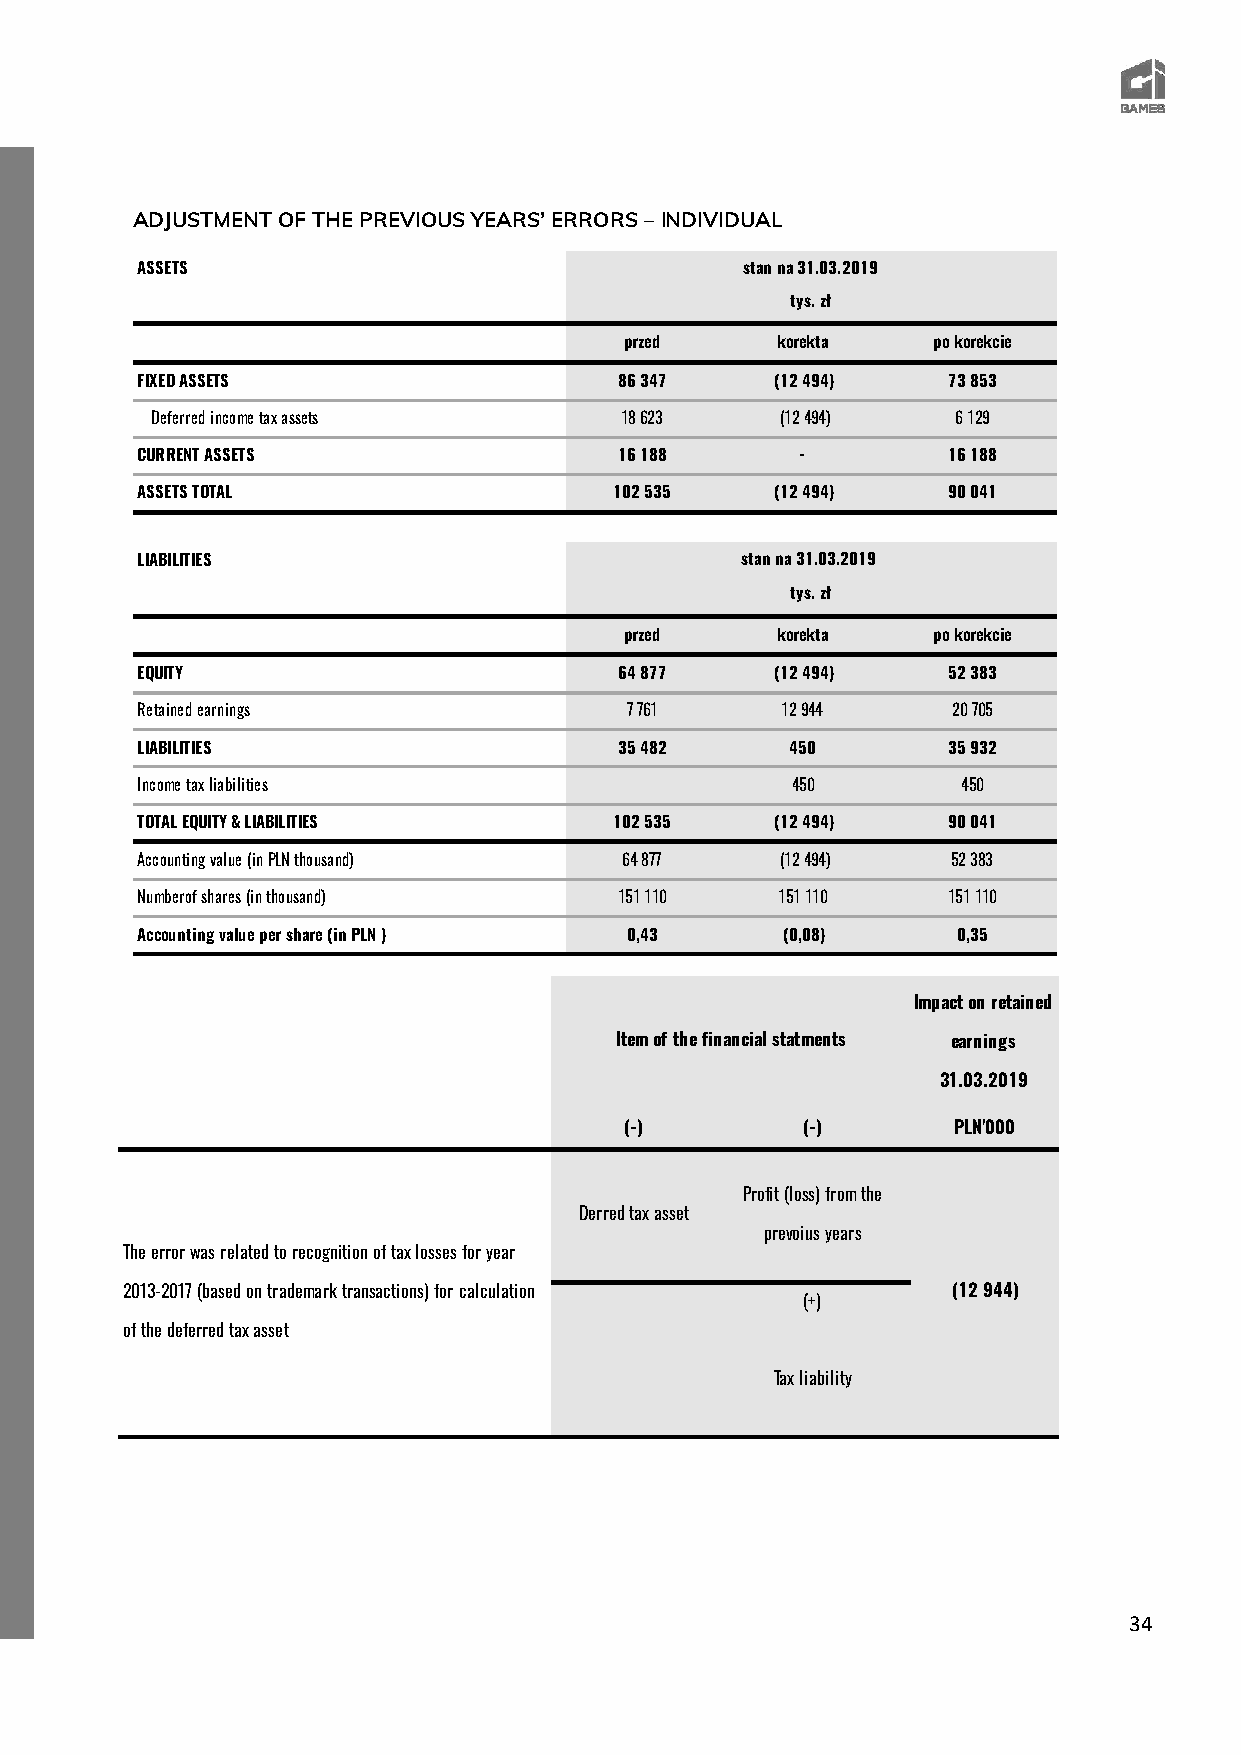
ADJUSTMENT OF THE PREVIOUS YEARS’ ERRORS – INDIVIDUAL
 ASSETS                                  stan na 31.03.2019
 tys. zł
 przed     korekta    po korekcie
 FIXED ASSETS                    86 347    (12 494)    73 853
 Deferred income tax assets     18 623     (12 494)   6 129
 CURRENT ASSETS                  16 188      -         16 188
 ASSETS TOTAL                    102 535   (12 494)    90 041
 LIABILITIES                             stan na 31.03.2019
 tys. zł
 przed     korekta    po korekcie
 EQUITY                          64 877    (12 494)    52 383
 Retained earnings               7 761      12 944     20 705
 LIABILITIES                     35 482     450        35 932
 Income tax liabilities                     450         450
 TOTAL EQUITY & LIABILITIES      102 535   (12 494)    90 041
 Accounting value (in PLN thousand) 64 877  (12 494)   52 383
 Numberof shares (in thousand)   151 110   151 110     151 110
 Accounting value per share (in PLN ) 0,43  (0,08)     0,35
 Impact on retained
 Item of the financial statments earnings
 31.03.2019
 (-)         (-)       PLN'000
 Profit (loss) from the
 Derred tax asset
 prevoius years
 The error was related to recognition of tax losses for year
 2013-2017 (based on trademark transactions) for calculation (12 944)
 (+)
 of the deferred tax asset
 Tax liability
 34